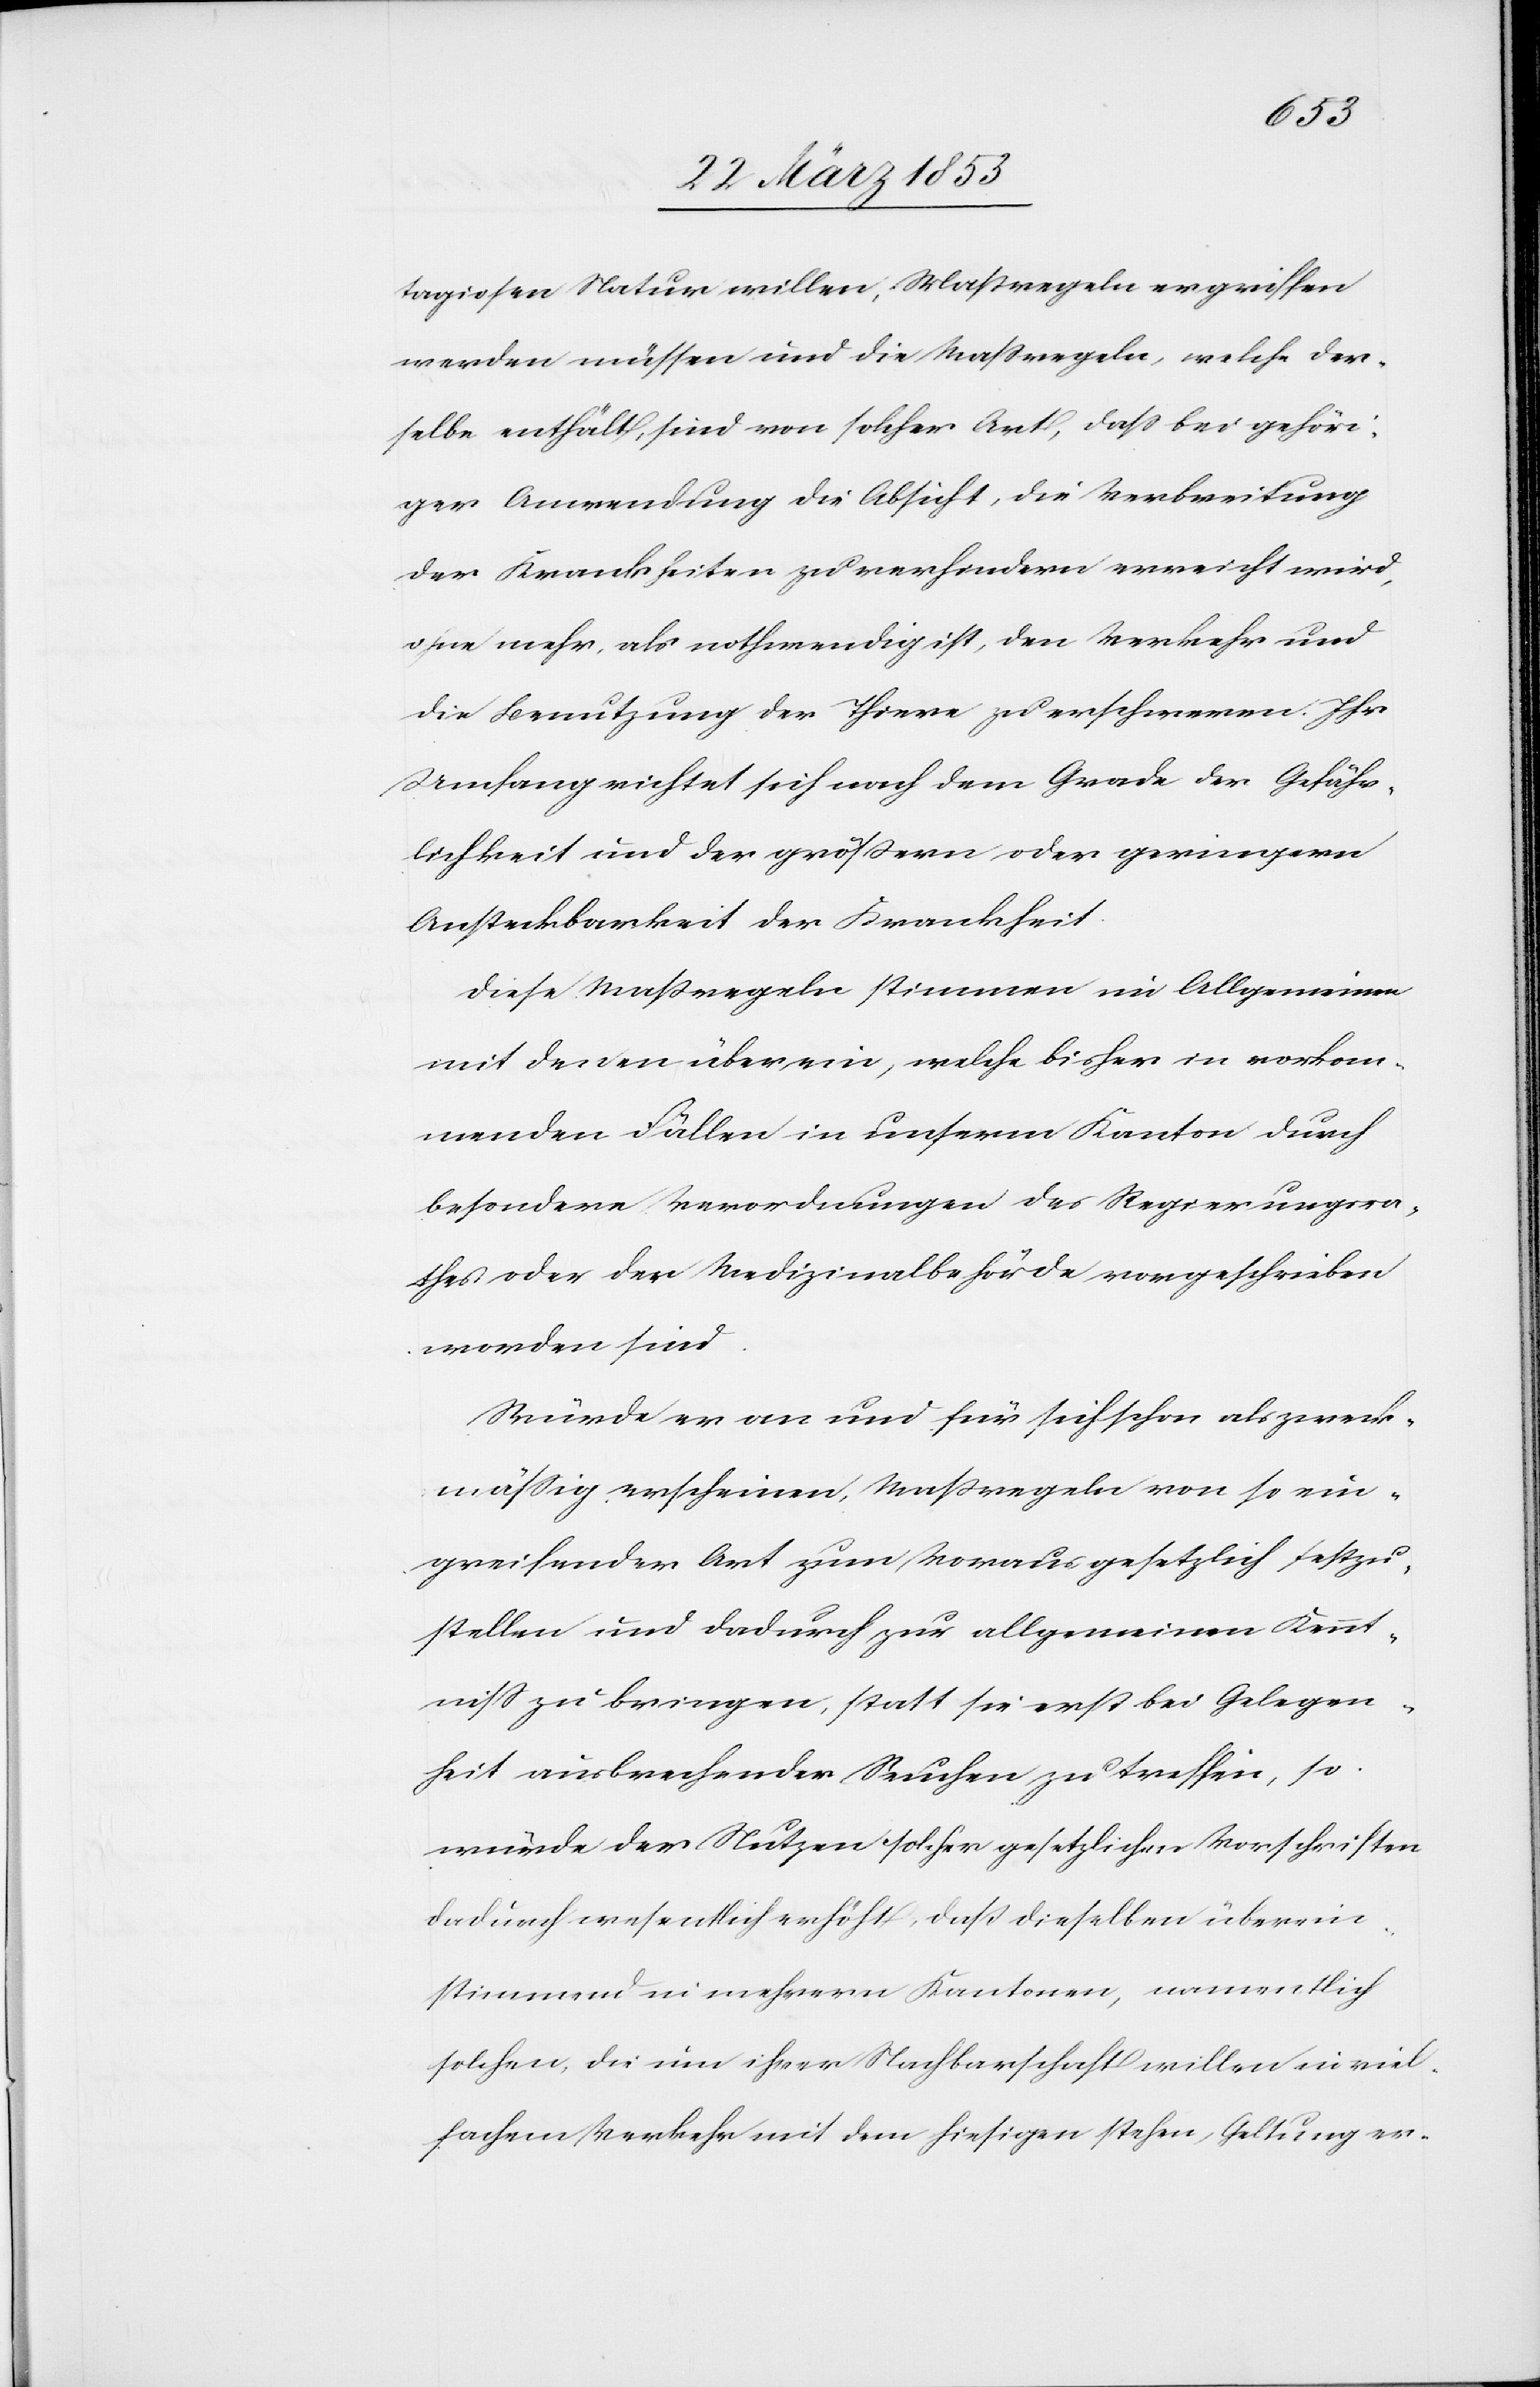
tagiosen Natur willen, Maßregeln ergriffen
werden müssen und die Maßregeln, welche der¬
selbe enthält, sind von solcher Art, daß bei gehöri¬
ger Anwendung die Absicht, die Verbreitung
der Krankheiten zu verhindern erreicht wird,
ohne mehr, als nothwendig ist, den Verkehr und
die Benutzung der Thiere zu erschweren. Ihr
Umfang richtet sich nach dem Grade der Gefähr¬
lichkeit und der größern oder geringern
Ansteckbarkeit der Krankheit.
Diese Maßregeln stimmen im Allgemeinen
mit denen überein, welche bisher in vorkom¬
menden Fällen in unserm Kanton durch
besondere Verordnungen des Regierungsra¬
thes oder der Medizinalbehörde vorgeschrieben
worden sind.
Würde er an und für sich schon als zweck¬
mäßig erscheinen, Maßregeln von so ein¬
greifender Art zum Voraus gesetzlich festzu¬
stellen und dadurch zur allgemeinen Kennt¬
niß zu bringen, statt sie erst bei Gelegen¬
heit ausbrechender Seuchen zu treffen, so
würde der Nutzen solcher gesetzlicher Vorschriften
dadurch wesentlich erhöht, daß dieselben überein¬
stimmend in mehrern Kantonen, namentlich
solchen, die um ihrer Nachbarschaft willen in viel¬
fachem Verkehr mit dem hiesigen stehen, Geltung er-